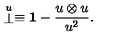
\stackrel { \scriptstyle u } { \bot } \equiv { \bf 1 } - \frac { u \otimes u } { u ^ { 2 } } .